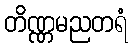
တိဏ္ဏမညတရံ